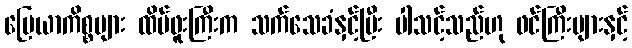
မြေယာကိစ္စများ ထိပ်ဖူးကြီးက သက်သေခံနှင့်ပြီး ပါသင့်သည်ဟု ဖင်ကြီးများနှင့်